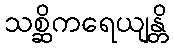
သစ္ဆိကရေယျန္တိ